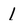
Character: 1